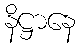
နိဋ္ဌာနေ